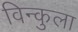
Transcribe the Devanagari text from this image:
विन्कुला